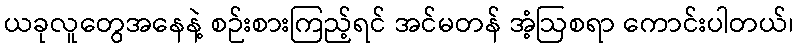
ယခုလူတွေအနေနဲ့ စဉ်းစားကြည့်ရင် အင်မတန် အံ့ဩစရာ ကောင်းပါတယ်၊